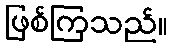
ဖြစ်ကြသည်။